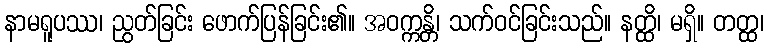
နာမရူပဿ၊ ညွတ်ခြင်း ဖောက်ပြန်ခြင်း၏။ အဝက္ကန္တိ၊ သက်ဝင်ခြင်းသည်။ နတ္ထိ၊ မရှိ။ တတ္ထ၊